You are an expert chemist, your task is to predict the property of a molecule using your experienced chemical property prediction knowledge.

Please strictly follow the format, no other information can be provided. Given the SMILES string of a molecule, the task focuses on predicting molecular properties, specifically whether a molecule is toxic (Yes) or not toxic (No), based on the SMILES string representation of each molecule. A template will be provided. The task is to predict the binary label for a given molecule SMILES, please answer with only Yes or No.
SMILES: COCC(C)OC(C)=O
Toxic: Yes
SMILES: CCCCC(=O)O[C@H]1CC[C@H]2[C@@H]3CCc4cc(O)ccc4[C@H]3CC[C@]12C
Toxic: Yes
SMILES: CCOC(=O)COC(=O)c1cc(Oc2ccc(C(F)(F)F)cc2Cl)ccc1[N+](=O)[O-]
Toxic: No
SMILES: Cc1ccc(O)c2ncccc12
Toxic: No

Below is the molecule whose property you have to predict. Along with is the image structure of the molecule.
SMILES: CP(=O)([O-])OCCC[Si](O)(O)O
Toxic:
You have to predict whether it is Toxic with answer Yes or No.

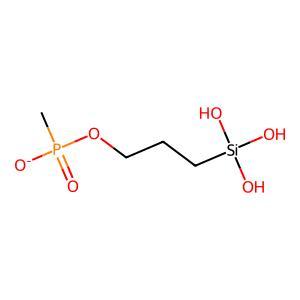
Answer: No